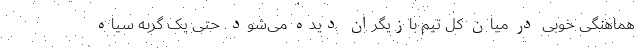
هماهنگی خوبی در میان کل تیم بازیگران دیده می‌شود. حتی یک گربه سیاه